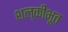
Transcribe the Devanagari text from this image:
शल्कीभूत